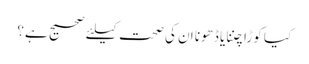
کیا کوڑا چننا یا ڈھونا ان کی صحت کیلئے صحیح ہے؟